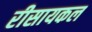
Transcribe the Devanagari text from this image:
रीसायकल